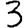
Digit: 3